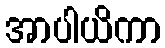
အာပါယိကာ